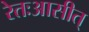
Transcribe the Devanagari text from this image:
रेतःआसीत्